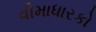
વીમાધારકો